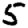
Digit: 5